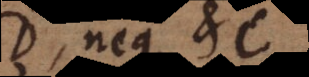
D, neque etc